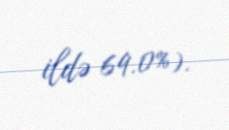
ildə 69.0%).